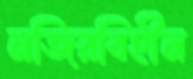
নজিরবিহীন